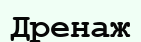
Дренаж